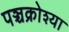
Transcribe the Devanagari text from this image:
पञ्चक्रोश्या